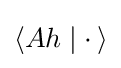
\left\langle Ah\mid \cdot \,\right\rangle